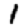
Digit: 1